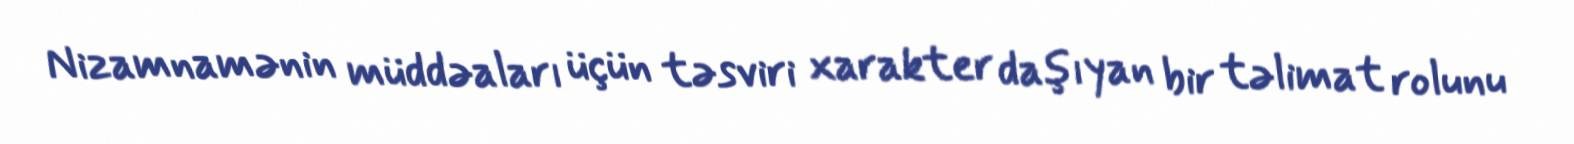
Nizamnamənin müddəaları üçün təsviri xarakter daşıyan bir təlimat rolunu